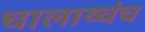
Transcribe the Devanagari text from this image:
चालाय्चंच